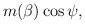
\begin{align*}m(\beta)\cos\psi ,\end{align*}